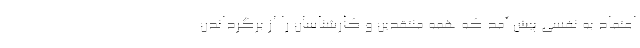
اعتماد به نفسی پیش آمد که همه منتقدین و کارشناسان را از برگرداندن